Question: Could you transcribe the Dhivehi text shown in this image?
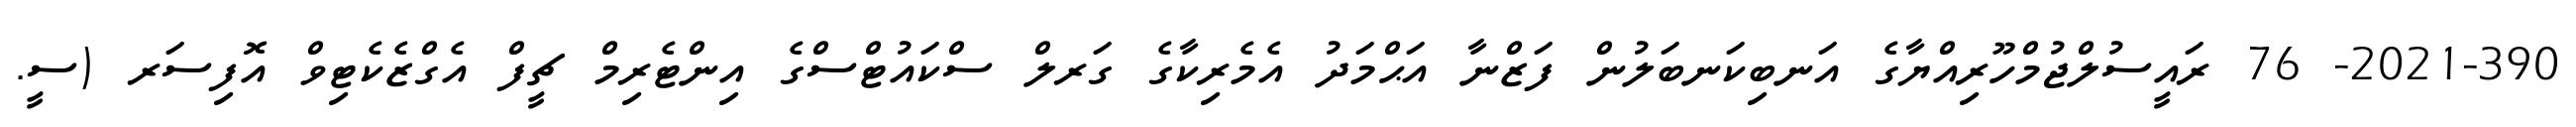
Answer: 2021-390- 76 ރައީސުލްޖުމްހޫރިއްޔާގެ އަނބިކަނބަލުން ފަޒްނާ އަޙްމަދު އެމެރިކާގެ ގަރލް ސްކައުޓްސްގެ އިންޓެރިމް ޗީފް އެގްޒެކެޓިވް އޮފިސަރ (ސީ.